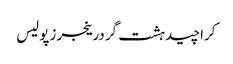
کراچیدہشت گردرینجرزپولیس